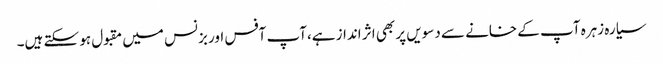
سیارہ زہرہ آپ کے خانے سے دسویں پر بھی اثر انداز ہے،آپ آفس اور بزنس میں مقبول ہو سکتے ہیں۔